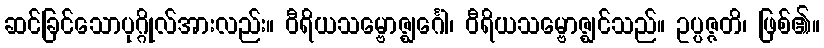
ဆင်ခြင်သောပုဂ္ဂိုလ်အားလည်း။ ဝီရိယသမ္ဗောဇ္ဈင်္ဂေါ၊ ဝီရိယသမ္ဗောဇ္ဈင်သည်။ ဥပ္ပဇ္ဇတိ၊ ဖြစ်၏။